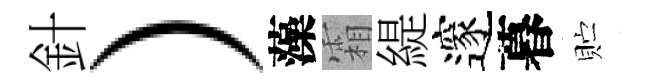
針）藻霜緹邃暮贮